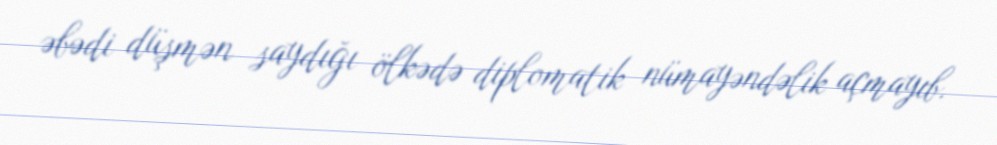
əbədi düşmən saydığı ölkədə diplomatik nümayəndəlik açmayıb.